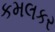
કમલકર